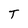
Character: T